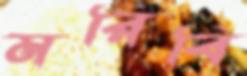
মরিবি